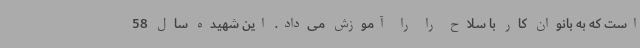
است که به بانوان کار با سلاح را را آموزش می‌داد. این شهیده سال 58